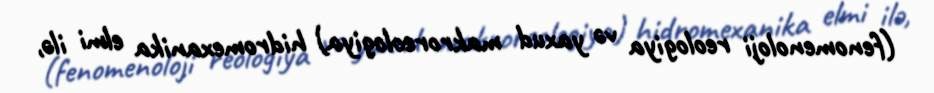
(fenomenoloji reologiya və yaxud makroreologiya) hidromexanika elmi ilə,